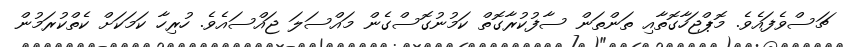
ޗަސްވެފައެވެ. މޮޕްޖަހާގޮތާއި ތަންތަން ސާފުކުރާގޮތް ކަމުނުގޮސްގެން މައްސަލަ ޖައްސައެވެ. ހުރިހާ ކަމަކަށް ކެތްކުރަމުން